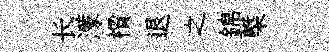
长濛檟退之錦㮣